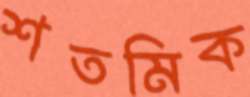
শতমিক